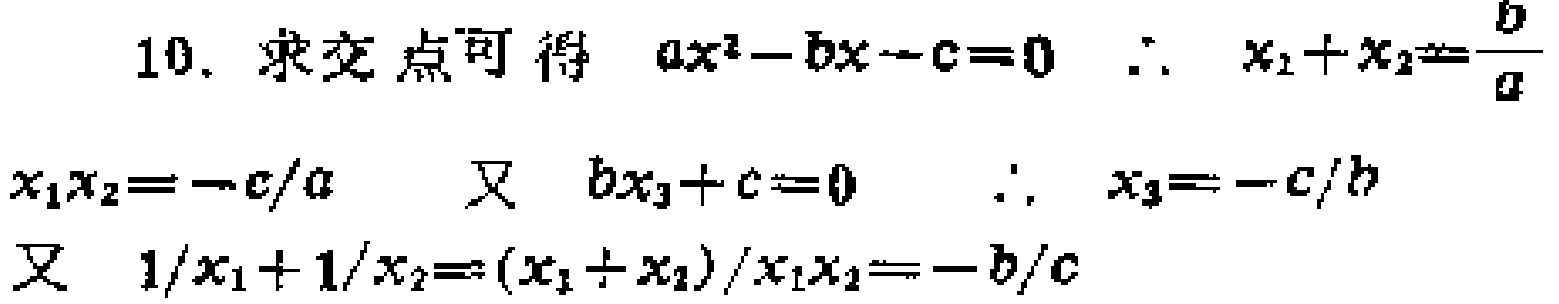
10. 求交点可得 \(ax^{2}-bx - c = 0\)  \(\therefore x_{1}+x_{2}=\frac{b}{a}\) \(x_{1}x_{2}=-\frac{c}{a}\)  又 \(bx_{3}+c = 0\)  \(\therefore x_{3}=-\frac{c}{b}\) 又 \(\frac{1}{x_{1}}+\frac{1}{x_{2}}=\frac{(x_{1} + x_{2})}{x_{1}x_{2}}=-\frac{b}{c}\)